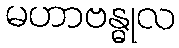
မဟာဗန္ဓုလ